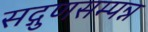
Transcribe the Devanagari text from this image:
सद्गुणसम्पन्न